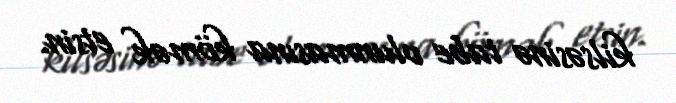
kilsəsinə tabe olunmasına kömək etsin.